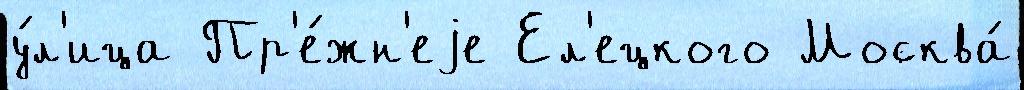
у́л'ица Пр'е́жн'еjе Ел'ецкого Москва́